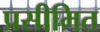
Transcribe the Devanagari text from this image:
प्रसीमित